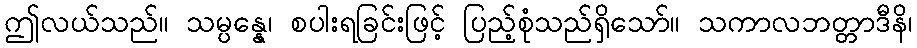
ဤလယ်သည်။ သမ္ပန္နေ၊ စပါးရခြင်းဖြင့် ပြည့်စုံသည်ရှိသော်။ သကာလဘတ္တာဒီနိ၊